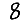
Digit: 8